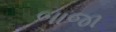
બાજા